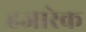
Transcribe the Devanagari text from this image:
हजारेक